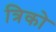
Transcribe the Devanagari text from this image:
त्रिको